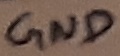
Text: GND